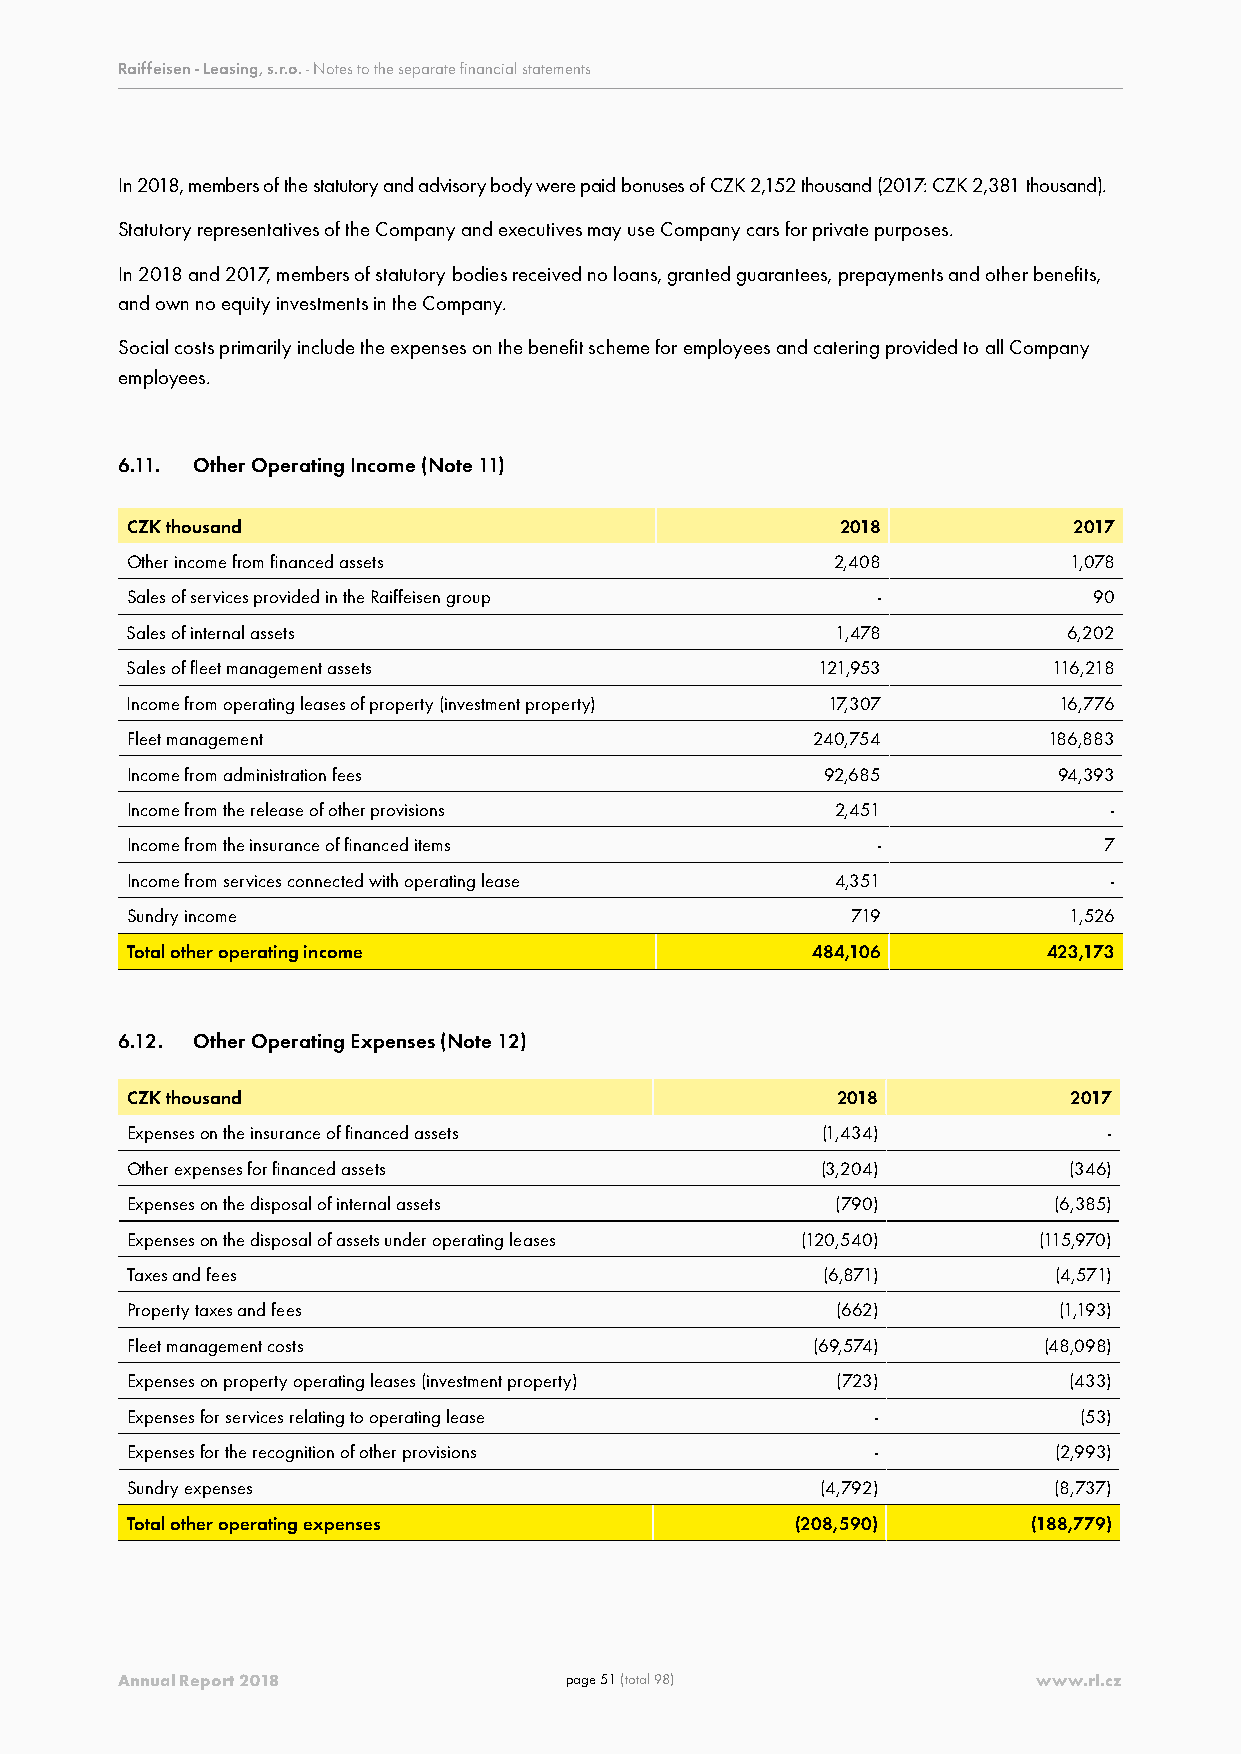
Raiffeisen - Leasing, s.r.o. - Notes to the separate financial statements
 In 2018, members of the statutory and advisory body were paid bonuses of CZK 2,152 thousand (2017: CZK 2,381 thousand).
 Statutory representatives of the Company and executives may use Company cars for private purposes.
 In 2018 and 2017, members of statutory bodies received no loans, granted guarantees, prepayments and other benefits,
 and own no equity investments in the Company.
 Social costs primarily include the expenses on the benefit scheme for employees and catering provided to all Company
 employees.
 6.11. Other Operating Income (Note 11)
 CZK thousand                                    2018           2017
 Other income from financed assets              2,408           1,078
 Sales of services provided in the Raiffeisen group -            90
 Sales of internal assets                       1,478           6,202
 Sales of fleet management assets              121,953         116,218
 Income from operating leases of property (investment property) 17,307 16,776
 Fleet management                              240,754        186,883
 Income from administration fees               92,685          94,393
 Income from the release of other provisions    2,451              -
 Income from the insurance of financed items       -              7
 Income from services connected with operating lease 4,351         -
 Sundry income                                   719            1,526
 Total other operating income                  484,106        423,173
 6.12. Other Operating Expenses (Note 12)
 CZK thousand                                   2018            2017
 Expenses on the insurance of financed assets  (1,434)            -
 Other expenses for financed assets            (3,204)          (346)
 Expenses on the disposal of internal assets    (790)          (6,385)
 Expenses on the disposal of assets under operating leases (120,540) (115,970)
 Taxes and fees                                (6,871)         (4,571)
 Property taxes and fees                        (662)          (1,193)
 Fleet management costs                        (69,574)       (48,098)
 Expenses on property operating leases (investment property) (723) (433)
 Expenses for services relating to operating lease -            (53)
 Expenses for the recognition of other provisions  -           (2,993)
 Sundry expenses                               (4,792)         (8,737)
 Total other operating expenses               (208,590)      (188,779)
 Annual Report 2018           page 51 (total 98)              www.rl.cz